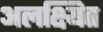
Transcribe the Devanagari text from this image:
अलक्ष्यित